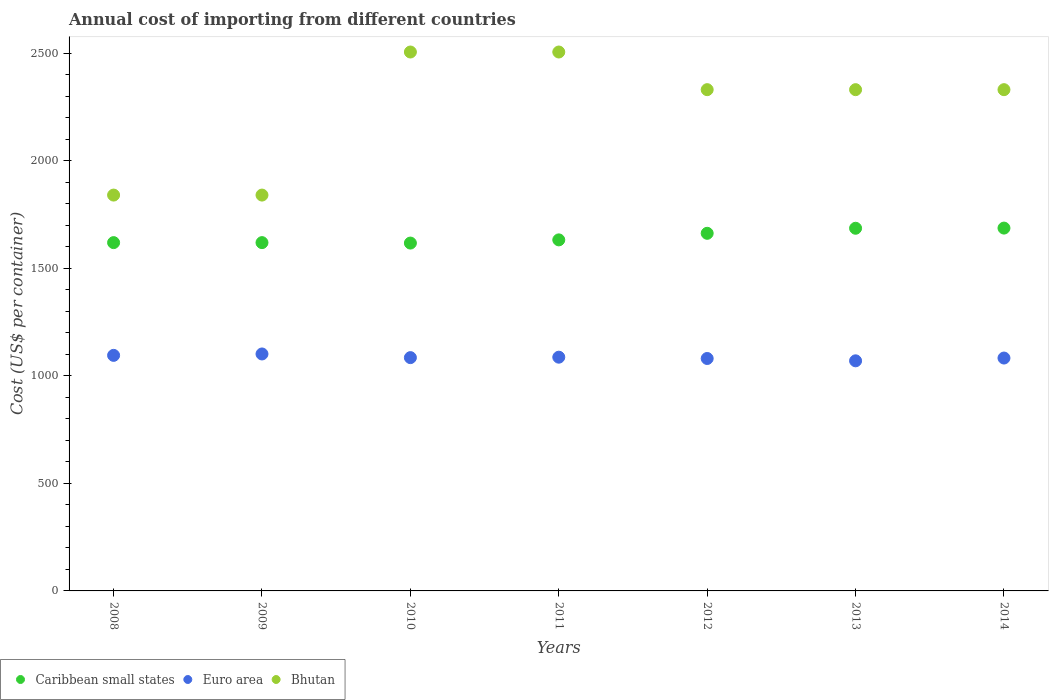
| Years | Caribbean small states | Euro area | Bhutan |
 | --- | --- | --- | --- |
 | 2008 | 1.62e+03 | 1.09e+03 | 1.84e+03 |
 | 2009 | 1.62e+03 | 1.1e+03 | 1.84e+03 |
 | 2010 | 1.62e+03 | 1.08e+03 | 2.50e+03 |
 | 2011 | 1.63e+03 | 1.09e+03 | 2.50e+03 |
 | 2012 | 1.66e+03 | 1.08e+03 | 2.33e+03 |
 | 2013 | 1.69e+03 | 1.07e+03 | 2.33e+03 |
 | 2014 | 1.69e+03 | 1.08e+03 | 2.33e+03 |